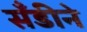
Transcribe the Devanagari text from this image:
सँडीने